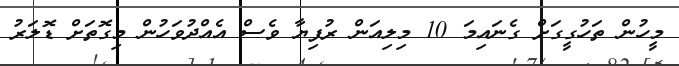
މީހުން ތަހުގީގަށް ގެނައިމަ 10 މިލިއަން ރުފިޔާ ވެސް އެއްދުވަހުން މިގޮތަށް ޑޮލަރު